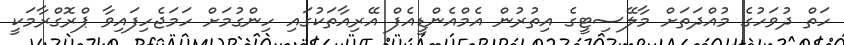
ހަތް ދުވަހުގެ މުއްދަތަށް މާލޭސިޓީގެ އިތުރުން އެމްއެންޑީއެފް އޭރިއާތަކުގައި ހިންގުމަށް ހަމަޖެހިފައިވާ ޕްރޮގްރާމަކީ